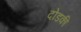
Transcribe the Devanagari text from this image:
दोडकी